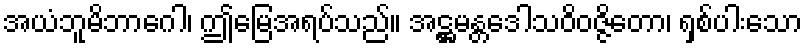
အယံဘူမိဘာဂေါ၊ ဤမြေအရပ်သည်။ အဋ္ဌမန္တဒေါသဝိဝဇ္ဇိတော၊ ရှစ်ပါးသော